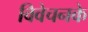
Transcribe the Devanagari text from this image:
विवेचनके